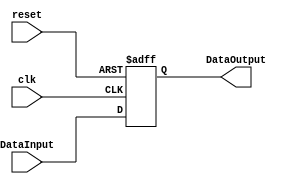
module RegisterPipeline
#(
	parameter NBits=32
)
(
	input clk,
	input reset,
	input  [NBits-1:0] DataInput,
	
	
	output reg [NBits-1:0] DataOutput
);

always@(negedge reset or negedge clk) begin
	if(reset==0)begin
		DataOutput <= 0;
	end
	else begin
		DataOutput <= DataInput;
	end
end


endmodule